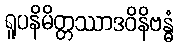
ရူပနိမိတ္တဿာဒဝိနိဗန္ဓံ